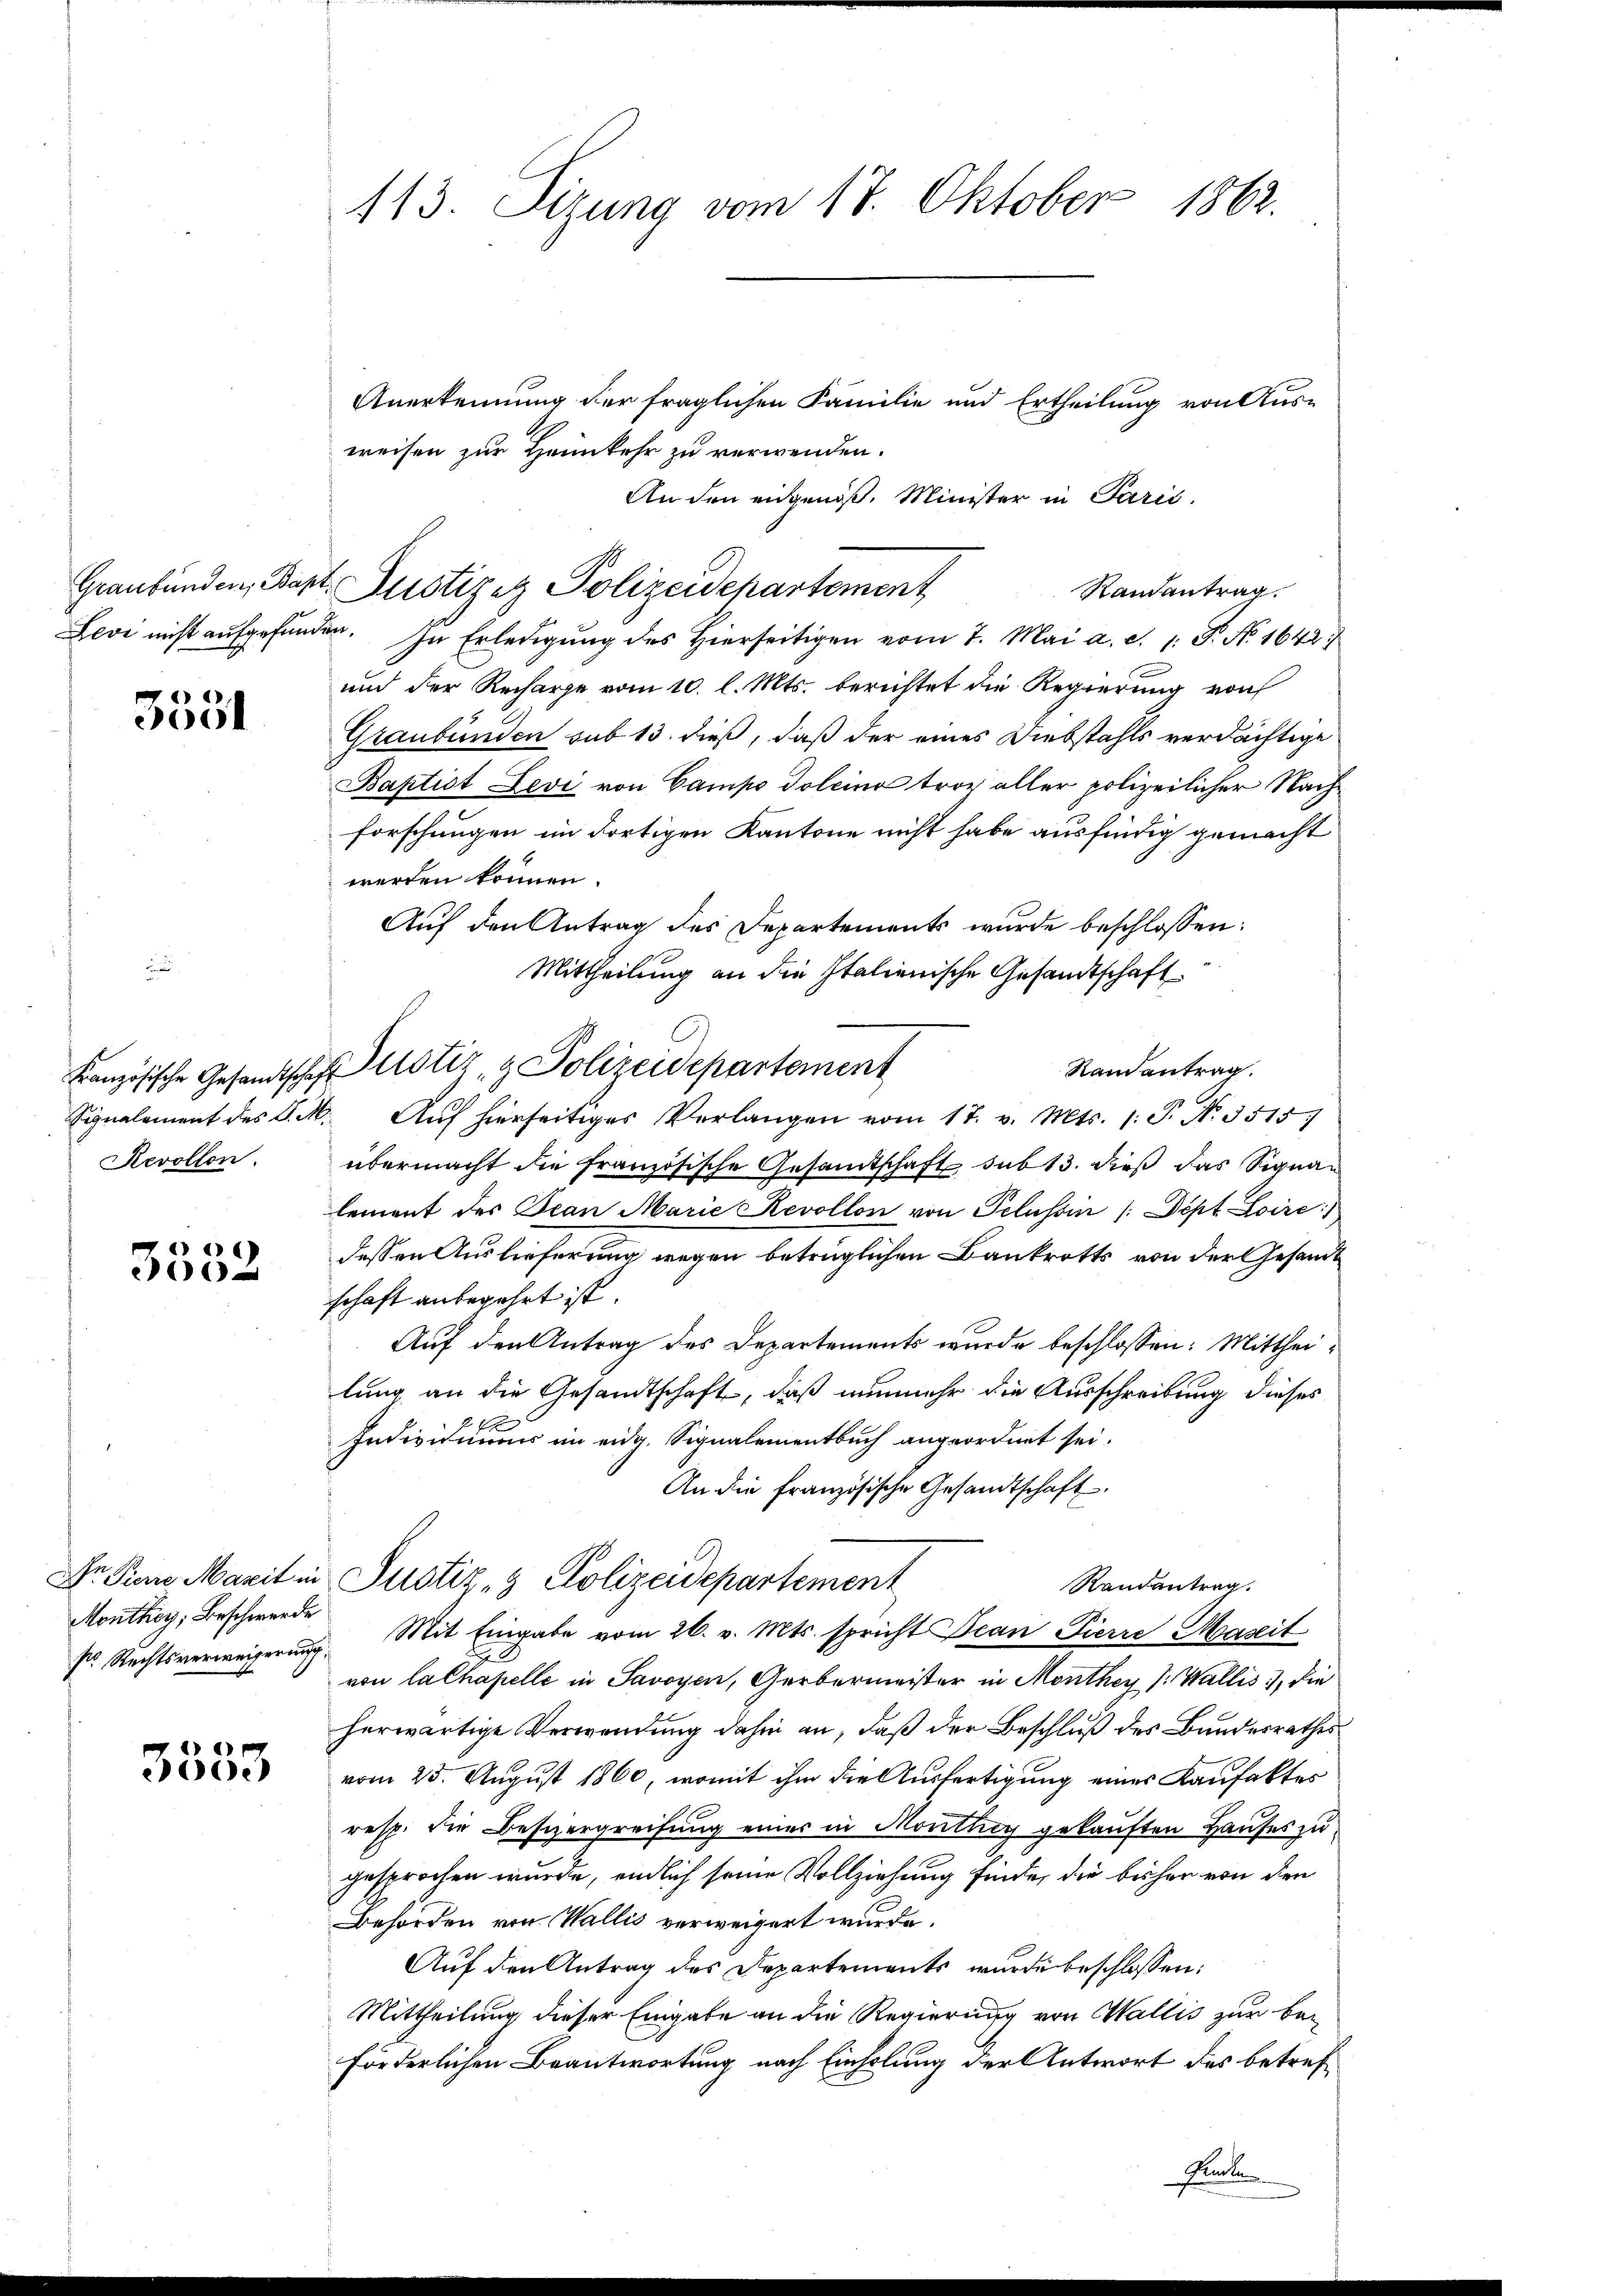
n
5551

Revollen.

3332

Monthey, Beschwerde
r Rechtsverweigerung,

3000

113. Sizung vom 17. Oktober 1862.

Anerkennung der fraglichen Familie und Ertheilung von Aus-
weisen zur Heimkehr zu verwenden.
An den eidgenöß. Minister in Paris.
Randantrag.
Levi nicht aufgefunden. In Erledigung des Hierseitigen vom 7. Mai a. d. 1. P. Nr. 1642
und der Recharge vom 10. l. Mts. berichtet die Regierung von
Graubünden sub 13. dieß, daß der eines Diebstahls verdächtige
Baptist Levi von Campo Tolcino tror aller polizeilicher Nachforschungen im dortigen Kantone nicht habe ausfindig gemacht
werden können.
Auf den Antrag des Departements wurde beschlossen:
Mittheilung an die Italienische Gesandtschaft
Randantrag.
Signalement des P. M. Aŭf hierseitiges Verlangen vom 17. v. Mts. 1. P. N. 3515.
übermacht die französische Gesamtschaft sub 13. dieß das Signalement des Tean Marie Revollon von Pelussin /: Dépt Loire)
dessen Auslieferung wegen beträglichen Bankrotts von der Gesandt
schaft anbegehrt ist.
Auf den Antrag des Departements wurde beschlossen: Mittheilung an die Gesandtschaft, daß nunmehr die Ausschreibung dieses
2 x
Individuums im eidg. Signalementbuch angeordnet sei.
An die französische Gesandtschaft.
De Piern Marit in Justiz- & Polizeidepartement
Randantrag.
Mit Eingabe vom 26. v. Mts. spricht Bean Pierre Maseit
von lalhapelle in Savoyen, Gerbermeister in Monthey (Wallis, die
herwärtige Verwendung dahin an, daß der Beschluß des Bundesrathes
vom 25. August 1860, womit ihm die Ausfertigung eines Kaufaktes
resp. die Besizergreifung einer in Monthey gekauften Hauses zu
gesprochen wurde, endlich seine Vollziehung finde, die bisher von den
Behörden von Wallis verweigert wurde.
Auf den Antrag des Departements wurde beschlossen:
Mittheilung dieser Eingabe an die Regierung von Wallis zur beförderlichen Beantwortung nach Einholung der Antwort des betrefsunte

Graubünden, Bapt. Justizez Polizeidepartement

Französische Gesandtschaft Notiz & Polizeidepartement